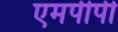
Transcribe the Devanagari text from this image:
एमपीपी